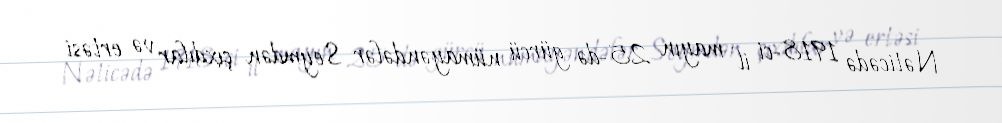
Nəticədə 1918-ci il mayın 25-də gürcü nümayəndələr Seymdən çıxdılar və ertəsi